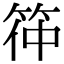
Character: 筗